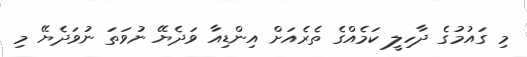
މި ގައުމުގެ ދާހިލީ ކަމެއްގެ ތެރެއަށް އިންޑިއާ ވަދެޔޭ ނުވަތަ ނުވަދެޔޭ މި